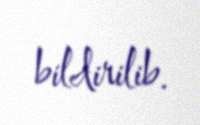
bildirilib.